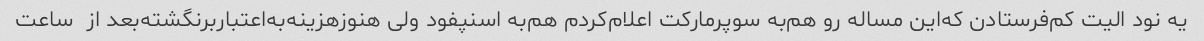
یه نود الیت‌ کم‌فرستادن که‌این‌ مساله رو هم‌به‌ سوپرمارکت اعلام‌کردم هم‌به اسنپفود ولی هنوز‌هزینه‌به‌اعتبار‌برنگشته‌بعد از  ساعت‌